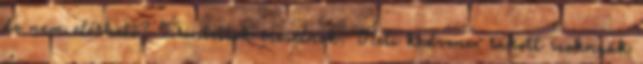
de nem elérhető? Érintettek mesélnek. Heti kedvenc: rakott szoknyák